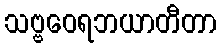
သဗ္ဗဝေရဘယာတီတာ